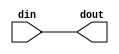
module gf256_const_mult 
#(parameter	[7:0] A = 8'd1) 
(
	input 			[7:0]	din,
	output	reg 	[7:0]	dout
	);

wire		[7:0]		ai[7:0];

//A*(alpha^0 ~ alpha^9)
// GF(2^8) array. Primitive polynomial = D^8+D^4+D^3+D^2+1 (285 decimal)
// so that r4 <= r3 xor r7. r3 <= r2 xor r7. r2 <= r1 xor r7.

assign ai[0] = A;	
genvar i;
generate
	for (i = 0; i < 7; i = i + 1)	
		begin	:	gx
			assign ai[i+1][7:5] 	= ai[i][6:4];
			assign ai[i+1][4] 	= ai[i][7] ^ ai[i][3];
			assign ai[i+1][3] 	= ai[i][7] ^ ai[i][2];
			assign ai[i+1][2] 	= ai[i][7] ^ ai[i][1];
			assign ai[i+1][1:0] 	= {ai[i][0], ai[i][7]};
		end
endgenerate

//
always@(*)//GF(256)field a*din
begin

	dout[7] = (ai[0][7]&din[0]) ^ (ai[1][7]&din[1]) ^ (ai[2][7]&din[2]) ^ (ai[3][7]&din[3]) ^ (ai[4][7]&din[4]) ^ (ai[5][7]&din[5]) ^ (ai[6][7]&din[6]) ^ (ai[7][7]&din[7]);
	dout[6] = (ai[0][6]&din[0]) ^ (ai[1][6]&din[1]) ^ (ai[2][6]&din[2]) ^ (ai[3][6]&din[3]) ^ (ai[4][6]&din[4]) ^ (ai[5][6]&din[5]) ^ (ai[6][6]&din[6]) ^ (ai[7][6]&din[7]);
	dout[5] = (ai[0][5]&din[0]) ^ (ai[1][5]&din[1]) ^ (ai[2][5]&din[2]) ^ (ai[3][5]&din[3]) ^ (ai[4][5]&din[4]) ^ (ai[5][5]&din[5]) ^ (ai[6][5]&din[6]) ^ (ai[7][5]&din[7]);
	dout[4] = (ai[0][4]&din[0]) ^ (ai[1][4]&din[1]) ^ (ai[2][4]&din[2]) ^ (ai[3][4]&din[3]) ^ (ai[4][4]&din[4]) ^ (ai[5][4]&din[5]) ^ (ai[6][4]&din[6]) ^ (ai[7][4]&din[7]);
	dout[3] = (ai[0][3]&din[0]) ^ (ai[1][3]&din[1]) ^ (ai[2][3]&din[2]) ^ (ai[3][3]&din[3]) ^ (ai[4][3]&din[4]) ^ (ai[5][3]&din[5]) ^ (ai[6][3]&din[6]) ^ (ai[7][3]&din[7]);
	dout[2] = (ai[0][2]&din[0]) ^ (ai[1][2]&din[1]) ^ (ai[2][2]&din[2]) ^ (ai[3][2]&din[3]) ^ (ai[4][2]&din[4]) ^ (ai[5][2]&din[5]) ^ (ai[6][2]&din[6]) ^ (ai[7][2]&din[7]);
	dout[1] = (ai[0][1]&din[0]) ^ (ai[1][1]&din[1]) ^ (ai[2][1]&din[2]) ^ (ai[3][1]&din[3]) ^ (ai[4][1]&din[4]) ^ (ai[5][1]&din[5]) ^ (ai[6][1]&din[6]) ^ (ai[7][1]&din[7]);
	dout[0] = (ai[0][0]&din[0]) ^ (ai[1][0]&din[1]) ^ (ai[2][0]&din[2]) ^ (ai[3][0]&din[3]) ^ (ai[4][0]&din[4]) ^ (ai[5][0]&din[5]) ^ (ai[6][0]&din[6]) ^ (ai[7][0]&din[7]);
	
end	
endmodule